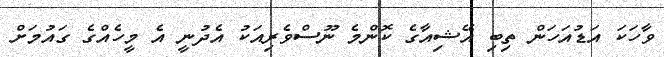
ވާހަކަ އަޑުއަހަން ތިބި އޭޝިއާގެ ކޮންމެ ނޫސްވެރިއަކު އެދުނީ އެ މީހެއްގެ ގައުމަށް